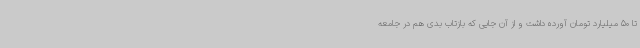
تا 50 میلیارد تومان آورده داشت و از آن جایی که بازتاب بدی هم در جامعه